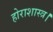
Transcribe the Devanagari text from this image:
होराशास्त्र।